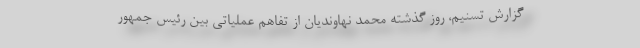
گزارش تسنیم،‌ روز گذشته محمد نهاوندیان از تفاهم عملیاتی بین رئیس جمهور